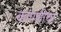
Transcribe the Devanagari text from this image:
कापणीचा